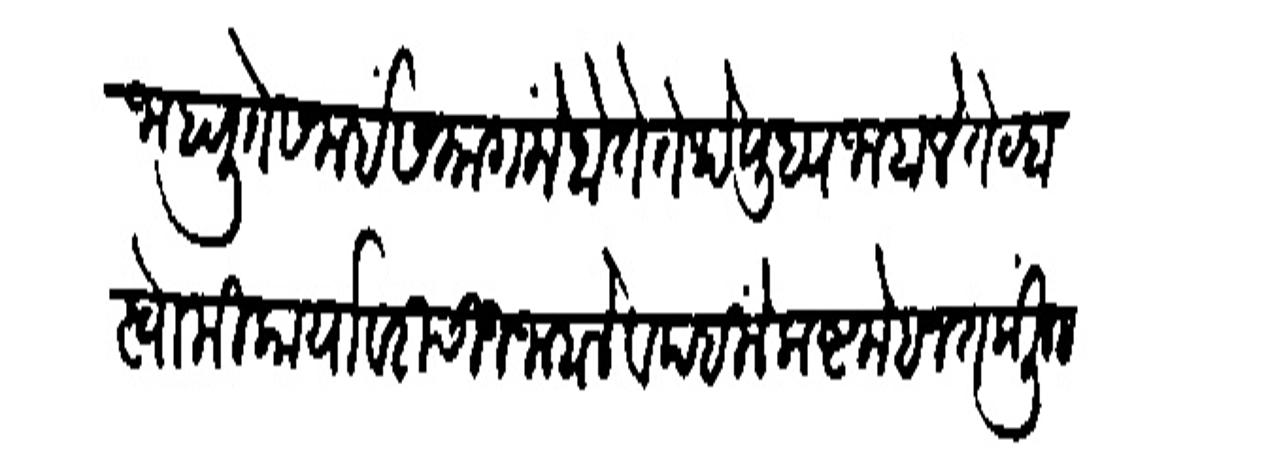
Transliteration (Devanagari): जाहाली ते समई समागमें होते तेथे युध्य जाहाले तेव्हा स्वामी कार्यावरी चीज जाहाले व पहिले कष्ट मेहनत केली